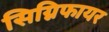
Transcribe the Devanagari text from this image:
सिग्निफायर